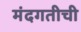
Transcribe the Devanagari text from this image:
मंदगतीची